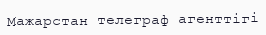
Мажарстан телеграф агенттігі